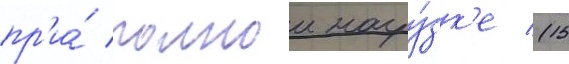
пр'и́ полнои нагру́зк'е (15